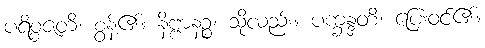
ပရိစ္စဇတိ၊ စွန့်၏။ နိဗ္ဗာနဉ္စ၊ သို့လည်း။ ပက္ခန္ဒတိ၊ ပြေးဝင်၏။